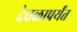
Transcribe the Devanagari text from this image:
देवळापर्यंत